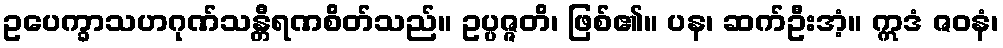
ဥပေက္ခာသဟဂုဏ်သန္တီရဏစိတ်သည်။ ဥပ္ပဇ္ဇတိ၊ ဖြစ်၏။ ပန၊ ဆက်ဦးအံ့။ ဣဒံ ဇဝနံ၊